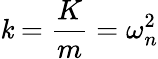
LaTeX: \mathit{k}=\frac{{K}}{{m}}=\omega_{n}^{2}